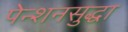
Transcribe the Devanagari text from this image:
पेन्शनसुद्धा